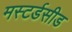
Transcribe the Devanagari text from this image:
मस्टर्डसीड